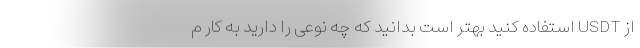
از USDT استفاده کنید بهتر است بدانید که چه نوعی را دارید به کار م